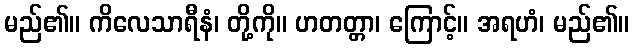
မည်၏။ ကိလေသာရီနံ၊ တို့ကို။ ဟတတ္တာ၊ ကြောင့်။ အရဟံ၊ မည်၏။